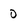
Character: o